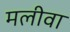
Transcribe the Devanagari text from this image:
मलीवा